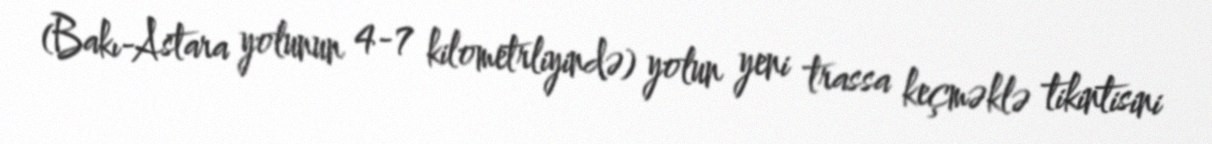
(Bakı-Astara yolunun 4-7 kilometrliyində) yolun yeni trassa keçməklə tikintisini